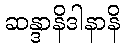
ဆန္ဒာနိဒါနာနိ